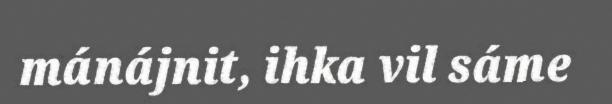
mánájnit, ihka vil sáme